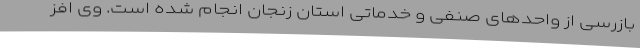
بازرسی از واحدهای صنفی و خدماتی استان زنجان انجام شده است. وی افز